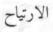
الارتياح